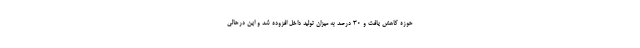
حوزه کاهش یافت و ۳۰ درصد به میزان تولید داخل افزوده شد و این درحالی